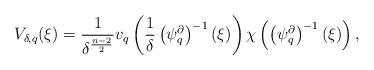
LaTeX: \begin{align*}V_{\delta,q}(\xi)=\frac{1}{\delta^{\frac{n-2}{2}}}v_{q}\left(\frac{1}{\delta}\left(\psi_{q}^{\partial}\right)^{-1}(\xi)\right)\chi\left(\left(\psi_{q}^{\partial}\right)^{-1}(\xi)\right),\end{align*}